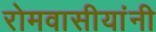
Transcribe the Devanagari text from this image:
रोमवासीयांनी